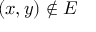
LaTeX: ( x , y ) \notin E